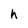
Character: h